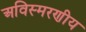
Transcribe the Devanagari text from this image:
अविस्‍मरणीय